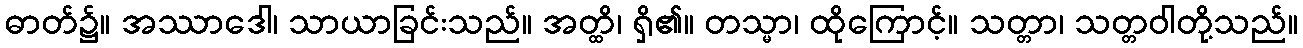
ဓာတ်၌။ အဿာဒေါ၊ သာယာခြင်းသည်။ အတ္ထိ၊ ရှိ၏။ တသ္မာ၊ ထိုကြောင့်။ သတ္တာ၊ သတ္တဝါတို့သည်။